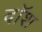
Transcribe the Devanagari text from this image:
दॉश